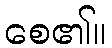
စေ၏။